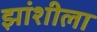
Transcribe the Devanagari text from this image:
झांशीला